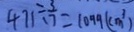
4 7 1 \div \frac { 3 } { 7 } = 1 0 9 9 ( c m ^ { 3 } )